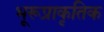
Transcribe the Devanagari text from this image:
भूरूप्राकृतिक